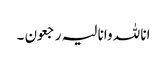
انا للہ وانا لیہ رجعون ۔